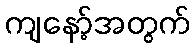
ကျနော့်အတွက်